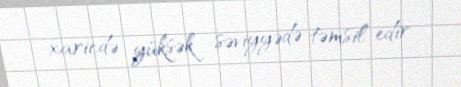
xaricdə yüksək səviyyədə təmsil edir.